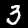
Label: 3